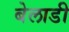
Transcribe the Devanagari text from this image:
बेलाडी